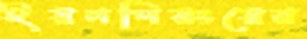
ইয়নপিয়ংয়ের